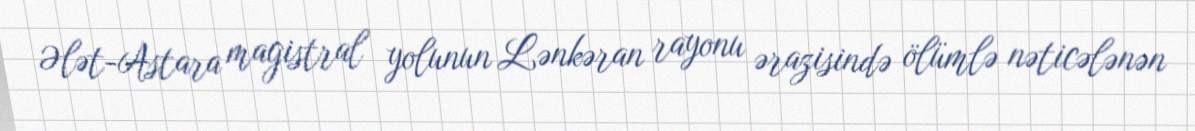
Ələt-Astara magistral yolunun Lənkəran rayonu ərazisində ölümlə nəticələnən